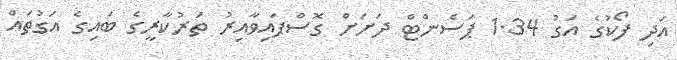
އަދި ފޯކުގެ އަގު 1.34 ޕަސެންޓް ދަށަށް ގޮސްފައިވާއިރު ތަރުކާރީގެ ބައިގެ އަގުތައް